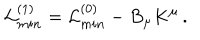
{ \cal L } _ { m i n } ^ { ( 1 ) } = { \cal L } _ { m i n } ^ { ( 0 ) } - B _ { \mu } K ^ { \mu } \, .